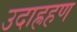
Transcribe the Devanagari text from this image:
उदाह्रहण